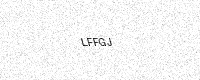
Text: LFFGJ